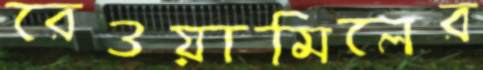
রেওয়ামিলের